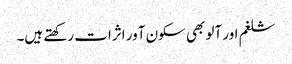
شلغم اور آلو بھی سکون آور اثرات رکھتے ہیں۔